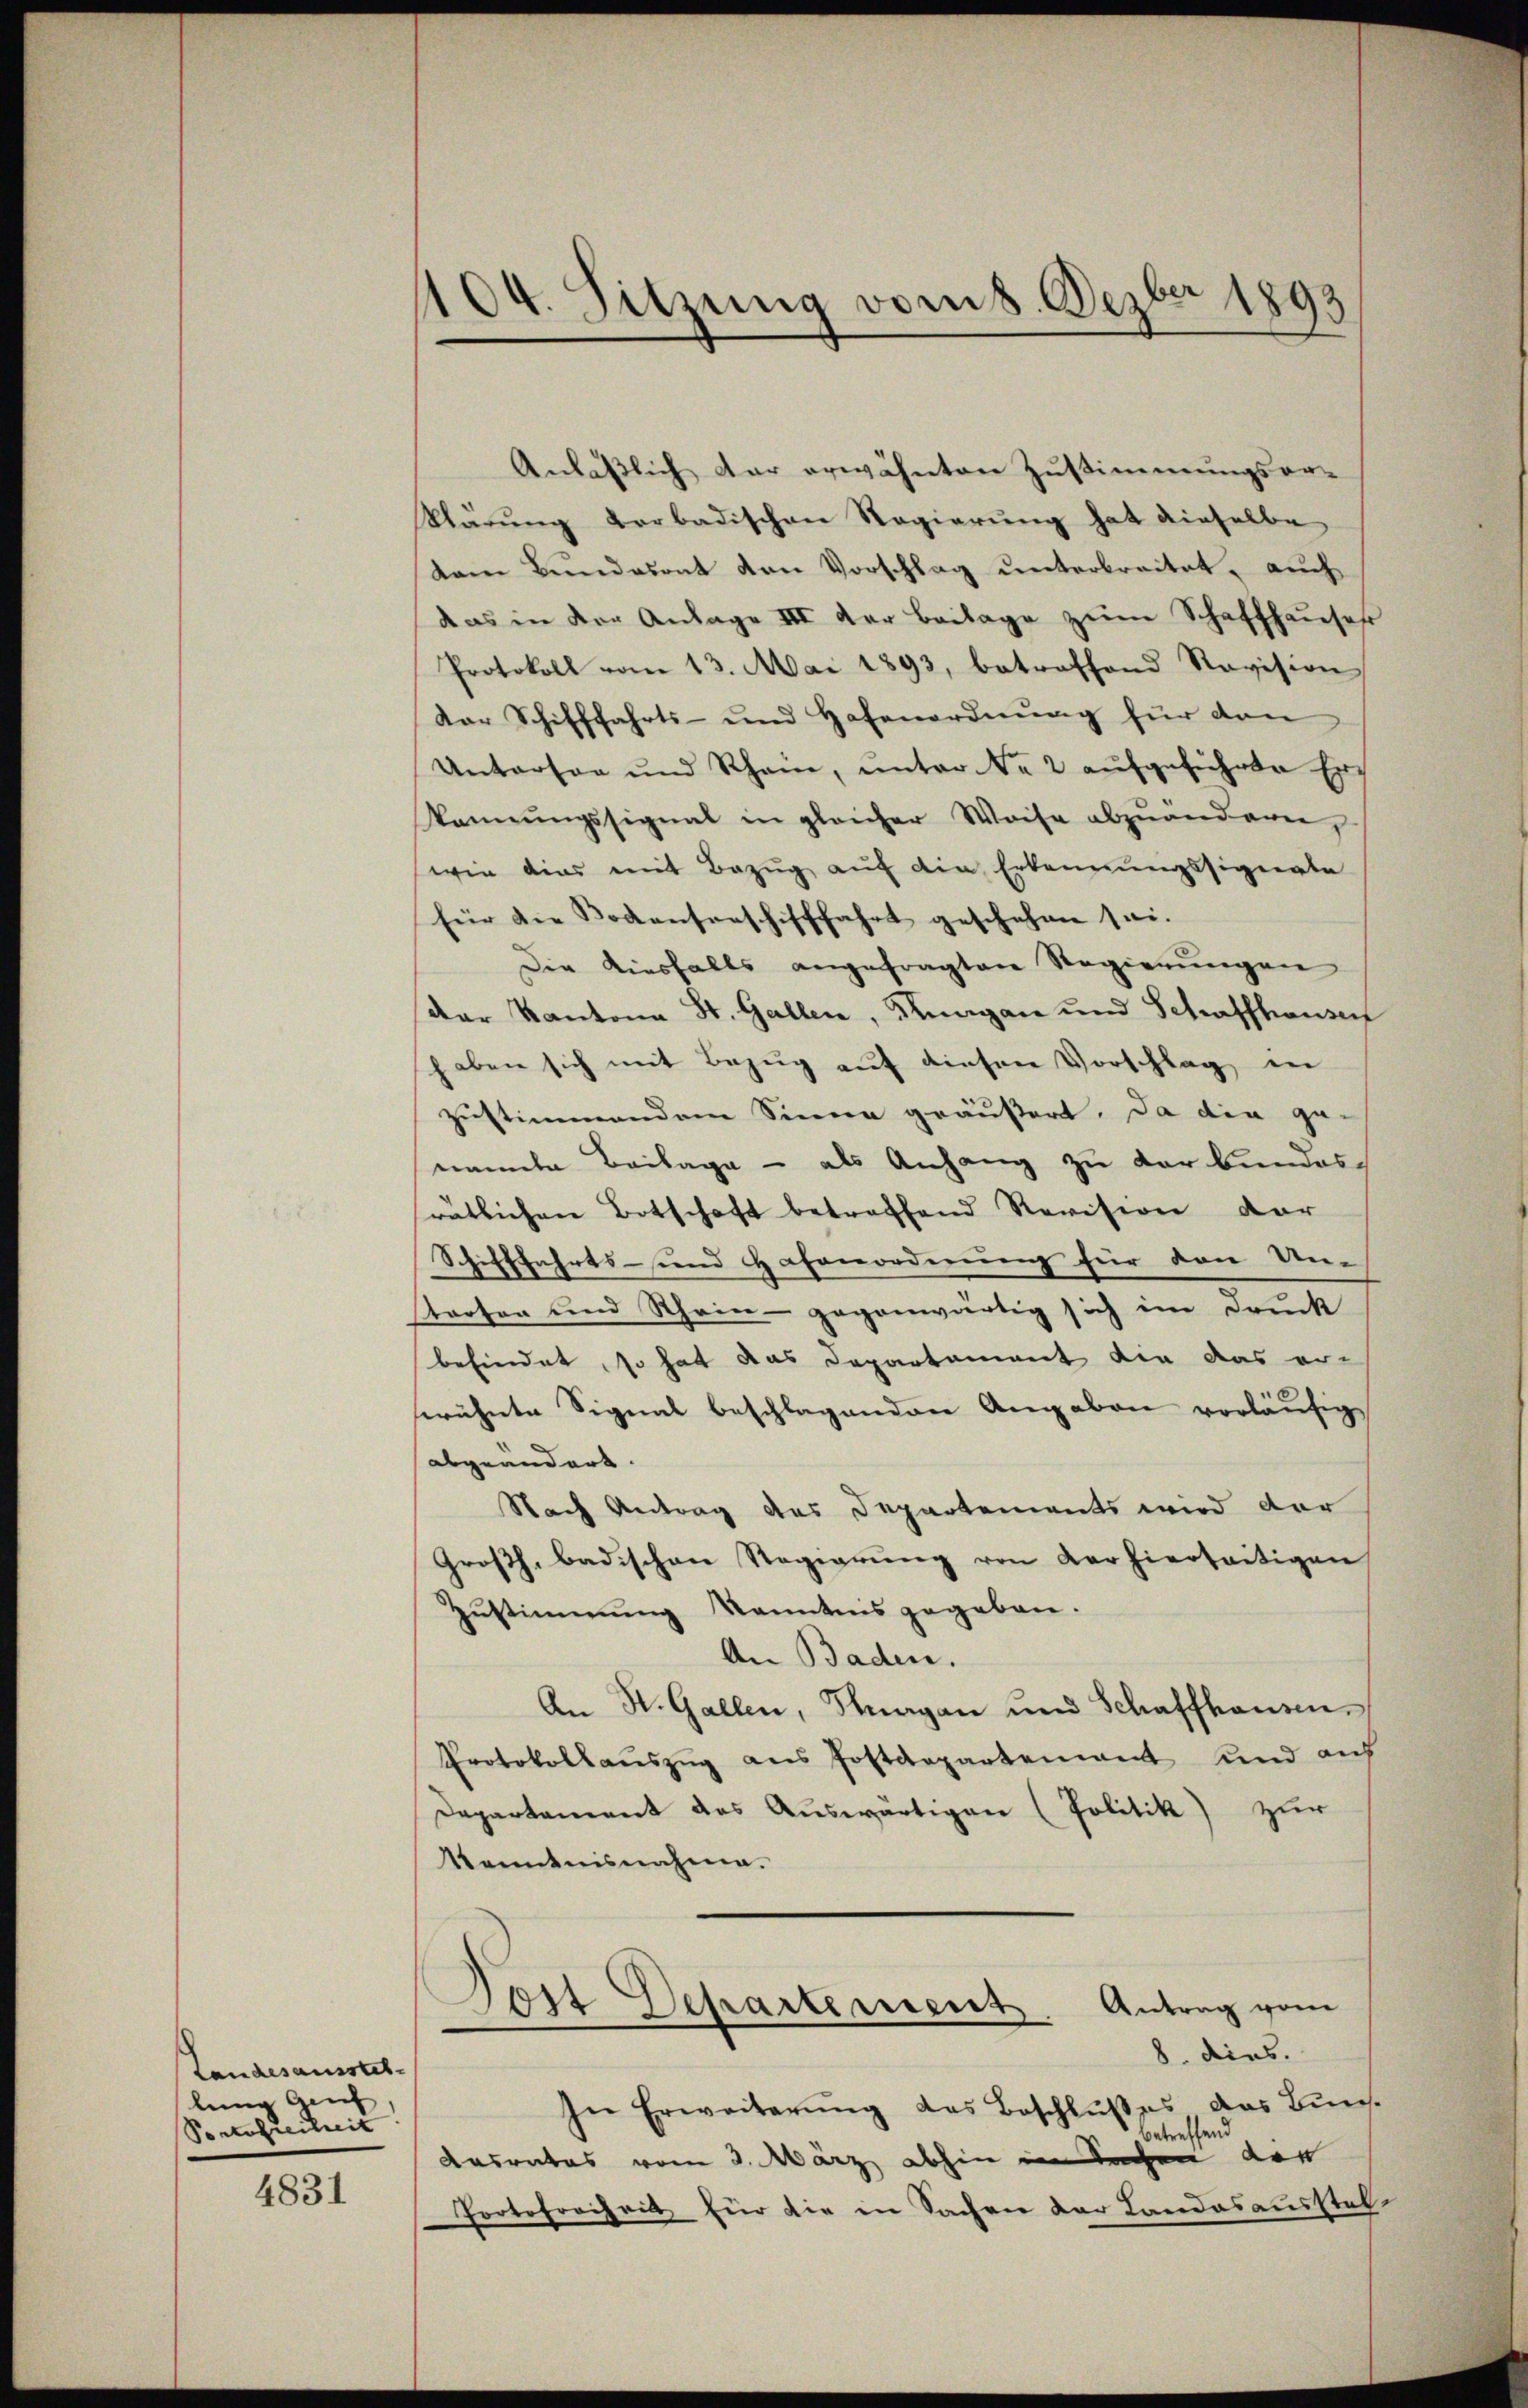
Landesausstel-
lung geich
Portofreiheit

4831

104. Sitzung vom 8. Dezbr 1893

Anläßlich der erwähnten Zustimmungsor-
Klärŭng verbadischen Regierung hat dieselbe
tem Bundasont den Vorschlag unterbreitet, auch
das in der Anlage III der Beilage zum Schaffhauses
Protokoll vom 13. Mai 1893, betreffend Revision
dar Schifffahrts- und Hafenordnŭng für dan
Unterson und Rhame, unter Nr. 2 aufgeführte Er¬
Vonŭngssignal in gleicher Weise abzŭanderen,
wie dies mit Bezug auf die Erkennungssigente
für die Bodenserschifffahrt geschehen sei.
Die Kiesfalls angefragten Regierŭngen
dar Kantona St. Gallen, Rungan und Schaffhausen
haben sich mit Bezŭg aŭf diesen Vorschlag in
zustimmendem Sinne geäußert. Da die ge-
nannte Beilage - als Anhang zu verbundes
rätlichen Botschaft betreffend Revision dar
Schifffahrts- und Hafenordnung für den Untrosen und Stein - gegenwärtig sich ein Druck
befindet, so hat das Departement die das er-
wähnte Signal beschlagenden Angaben vorläŭfig
abgeändert.
Nach Antrag des Departements wird der
Großh. badischen Regierŭng von der hierseitigen
Zŭstimmung Kenntnis gegeben.
An Baden.
An St. Gallen, Magan und Schaffhausen,
Protokollaŭszŭg ans Postdepartenant und auf
Departement des Auswärtigen (Politik) zur
Kenntnisnahme.
Post Departement. Antrag vom
8. dies.
In Erweiterŭng das Beschlußes das Bun
betreffend
Ansrates vom 3. März abhin in Sachen der
Portofreiheit für die in Sachen der Landesausstel